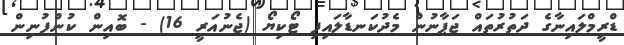
ޑްރީމްލައިނާގެ ދަތުރުތައް ޖަޕާނުން މެދުކަނޑާލައިފި ޓޯކިޔޯ (ޖެނުއަރީ 16) - ބޮއިން ކުންފުނިން